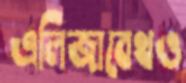
এলিজাবেথও